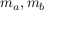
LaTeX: m _ { a } , m _ { b }